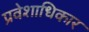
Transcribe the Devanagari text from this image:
प्रवेशाधिकार